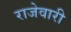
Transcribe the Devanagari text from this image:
राजेवारी